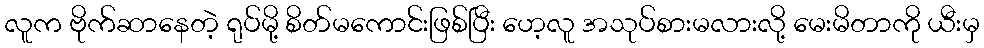
လူက ဗိုက်ဆာနေတဲ့ ရုပ်မို့ စိတ်မကောင်းဖြစ်ပြီး ဟေ့လူ အသုပ်စားမလားလို့ မေးမိတာကို ယီးမှ